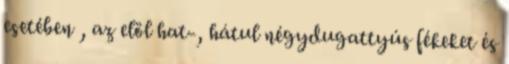
esetében , az elöl hat-, hátul négydugattyús fékeket és